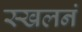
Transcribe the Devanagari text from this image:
स्खलनं